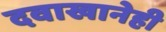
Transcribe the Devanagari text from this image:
दवाखानेही